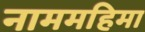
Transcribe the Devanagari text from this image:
नाममहिमा